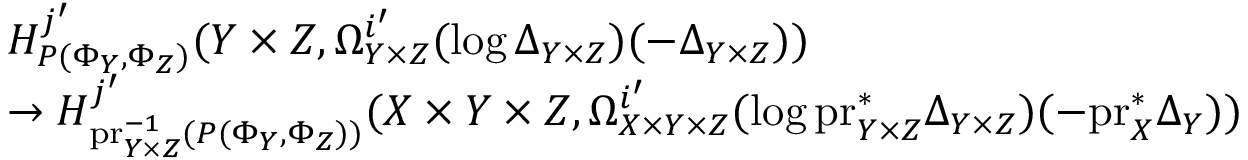
\begin{array} { r l } & { H _ { P ( \Phi _ { Y } , \Phi _ { Z } ) } ^ { j ^ { \prime } } ( Y \times Z , \Omega _ { Y \times Z } ^ { i ^ { \prime } } ( \log \Delta _ { Y \times Z } ) ( - \Delta _ { Y \times Z } ) ) } \\ & { \to H _ { \mathrm { p r } _ { Y \times Z } ^ { - 1 } ( P ( \Phi _ { Y } , \Phi _ { Z } ) ) } ^ { j ^ { \prime } } ( X \times Y \times Z , \Omega _ { X \times Y \times Z } ^ { i ^ { \prime } } ( \log \mathrm { p r } _ { Y \times Z } ^ { * } \Delta _ { Y \times Z } ) ( - \mathrm { p r } _ { X } ^ { * } \Delta _ { Y } ) ) } \end{array}